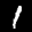
Label: 1